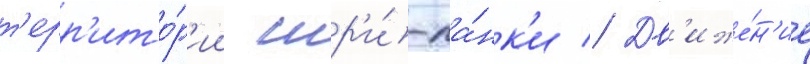
т'ерр'ито́р'ии шр'и́-ла́нк'и // Дв'иже́н'ие